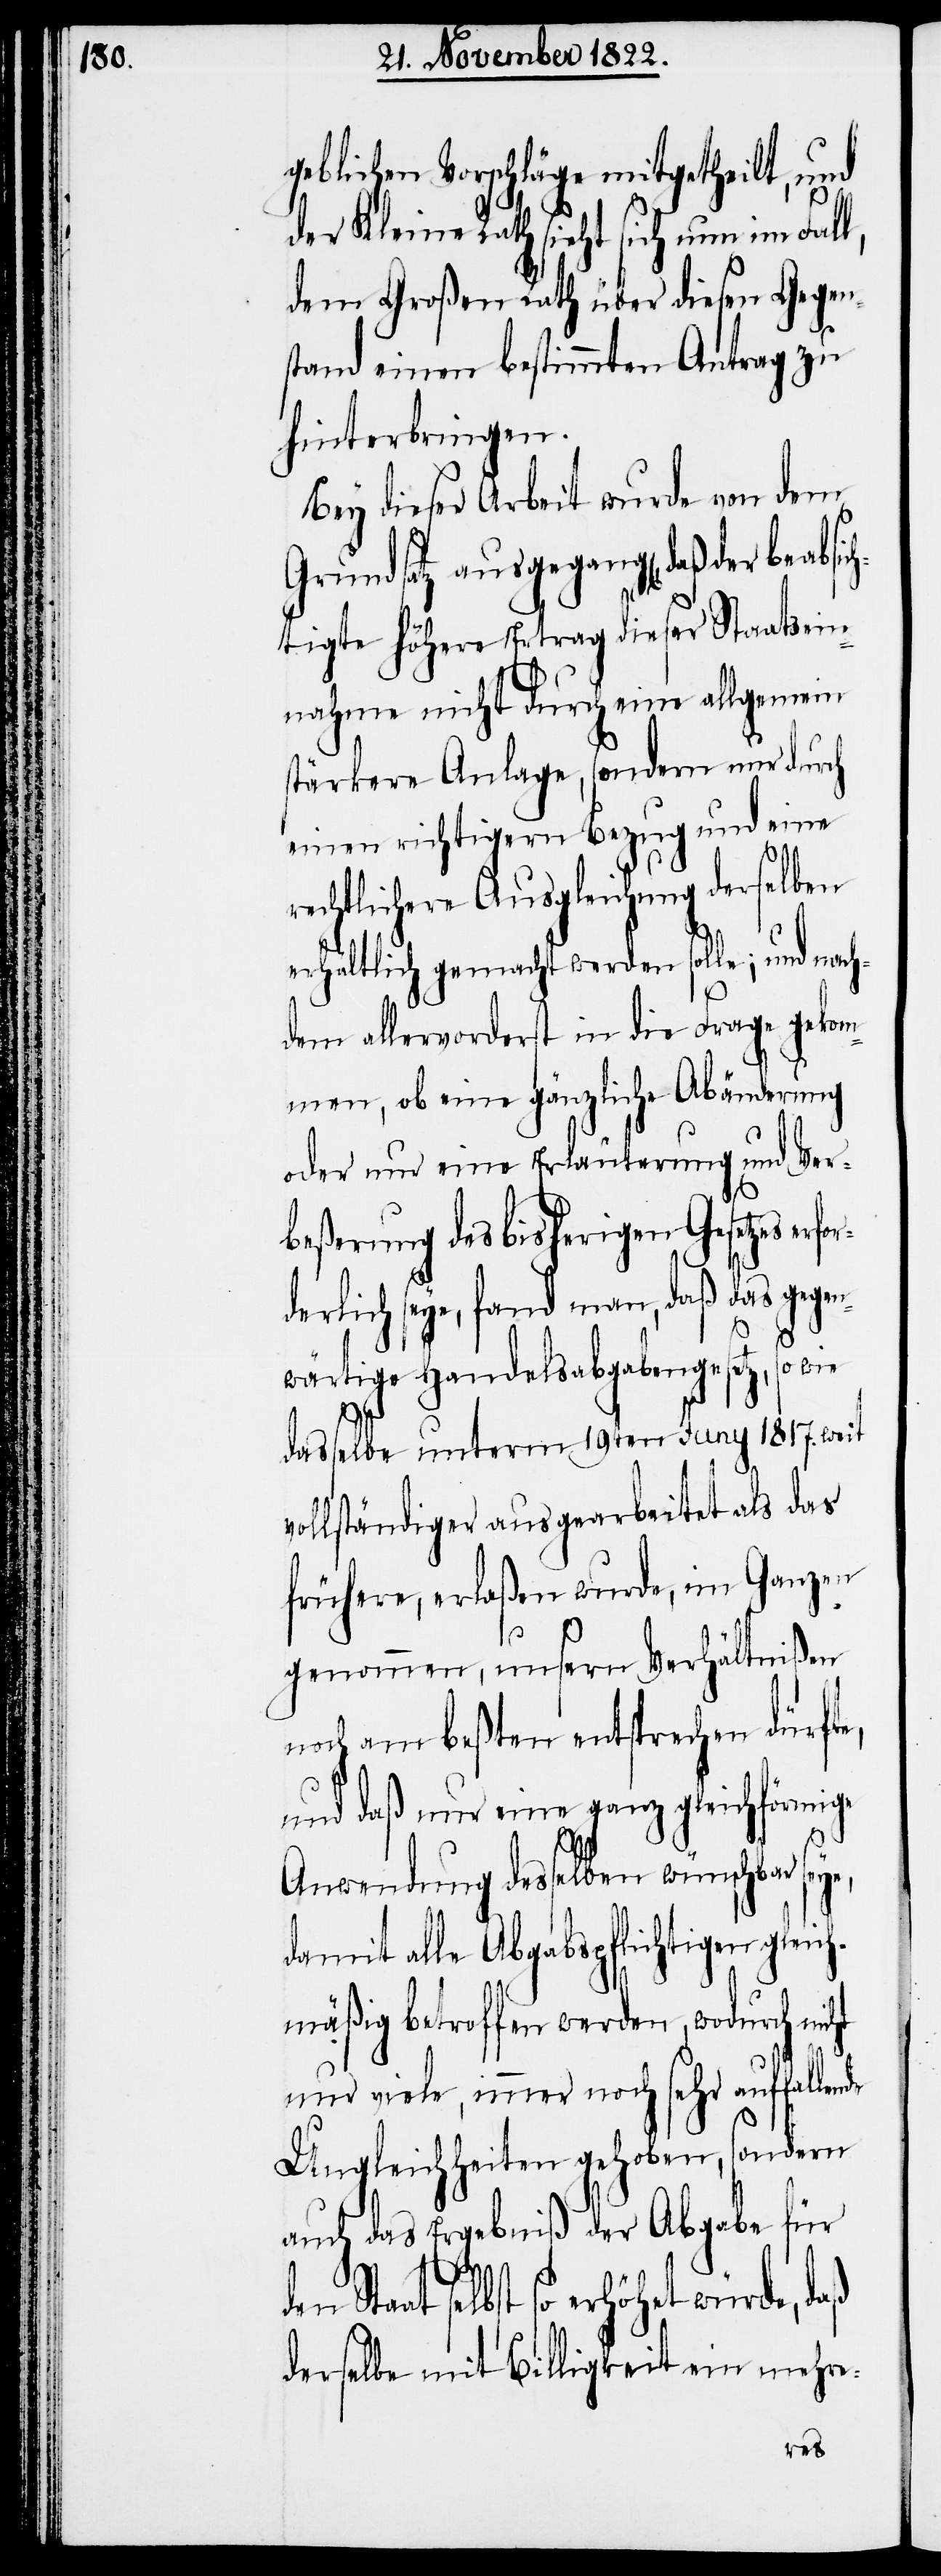
geblichen Vorschläge mitgetheilt, und
der Kleine Rath sieht sich nun im Fall,
dem Großen Rath über diesen Gegen¬
stand einen bestimmten Antrag zu
hinterbringen.
Bey dieser Arbeit wurde von dem
Grundsatz ausgegangen, daß der bea¬
tigte höhere Ertrag dieser Staatsein¬
nahme nicht durch eine allgemein
stärkere Anlage, sondern nur durch
einen richtigern Bezug und eine
Sta¬
rechtlichere Ausgleichung derselben
erhältlich gemacht werden solle; und nach¬
dem allervorderst in die Frage gekom¬
men, ob eine gänzliche Abänderung
oder nur eine Erläuterung und Ver¬
beßerung des bisherigen Gesetzes er¬
derlich seye, fand man, daß das gege¬
de
so wie
wärtige Handelsabgabengesetz,
dasselbe unterm 19ten Juny 1817. weit
vollständiger ausgearbeitet als das
frühere, erlaßen wurde, im Ganzen
genommen, unsern Verhältnißen
noch am beßten entsprechen dürfte,
und daß nur eine ganz gleichförmige
ht
Anwendung desselben wünschbar
damit alle Abgabspflichtigen gleich¬
mäßig betroffen werden, wodurch nic¬
nur viele, immer noch sehr auffallen¬
Ungleichheiten gehoben, sondern
auch das Ergebniß der Abgabe für
at selbst so erhöhet würde, daß
derselbe mit Billigkeit ein mehre-